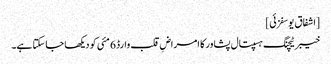
[اشفاق یوسفزئی]
خیبر ٹیچنگ ہسپتال پشاور کا امراضِ قلب وارڈ 6 مئی کو دیکھا جا سکتا ہے۔